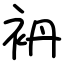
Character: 袇